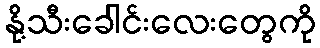
နို့သီးခေါင်းလေးတွေကို